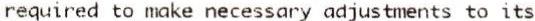
REQUIRED TO MAKE NECESSARY ADJUSTMENTS TO ITS